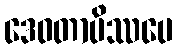
ဒေဝတာပိဿပေ